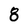
Character: 8